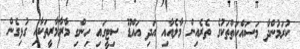
ކުރަމުންދާ މަސައްކަތްތަކުގެ ތެރެއިން މާލެއާއި އަދި އައްޑޫ ސިޓީގައި ހިންގި މާރާމާރީތަކާއި ގުޅިގެން